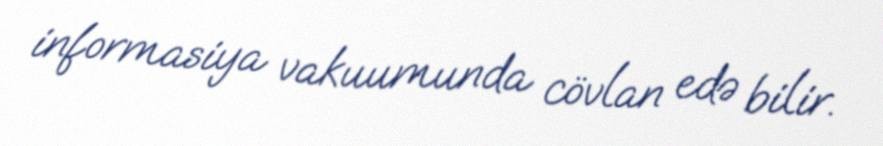
informasiya vakuumunda cövlan edə bilir.